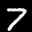
Label: 7